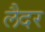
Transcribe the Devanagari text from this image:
लैदर